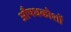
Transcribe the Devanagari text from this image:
औषधकोशों